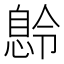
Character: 𫺽